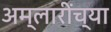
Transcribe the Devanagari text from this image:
अम्लारींच्या